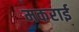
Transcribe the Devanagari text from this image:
मकराई